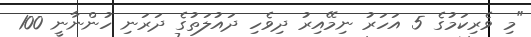
"މި ވެރިކަމުގެ 5 އަހަރު ނިމޭއިރު ދިވެހި ދައުލަތުގެ ދަރަނި ހުންނާނީ 100